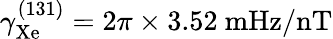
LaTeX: \gamma_{\mathrm{Xe}}^{(131)}=2\pi\times 3.52~\mathrm{mHz/nT}